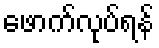
ဖောက်လုပ်ရန်